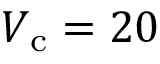
V _ { \mathrm { c } } = 2 0